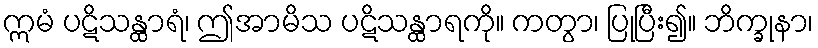
ဣမံ ပဋိသန္ထာရံ၊ ဤအာမိသ ပဋိသန္ထာရကို။ ကတွာ၊ ပြုပြီး၍။ ဘိက္ခုနာ၊